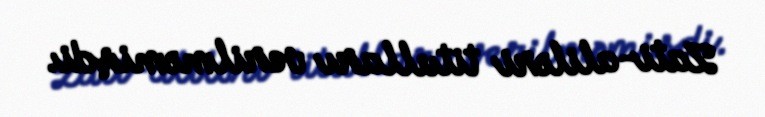
Zati-aliləri titulları verilməmişdi.